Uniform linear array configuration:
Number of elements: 32
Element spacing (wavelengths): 0.25
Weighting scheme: blackman
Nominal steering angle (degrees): -45
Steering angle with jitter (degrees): -43.023
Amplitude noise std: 0.05
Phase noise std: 0.05

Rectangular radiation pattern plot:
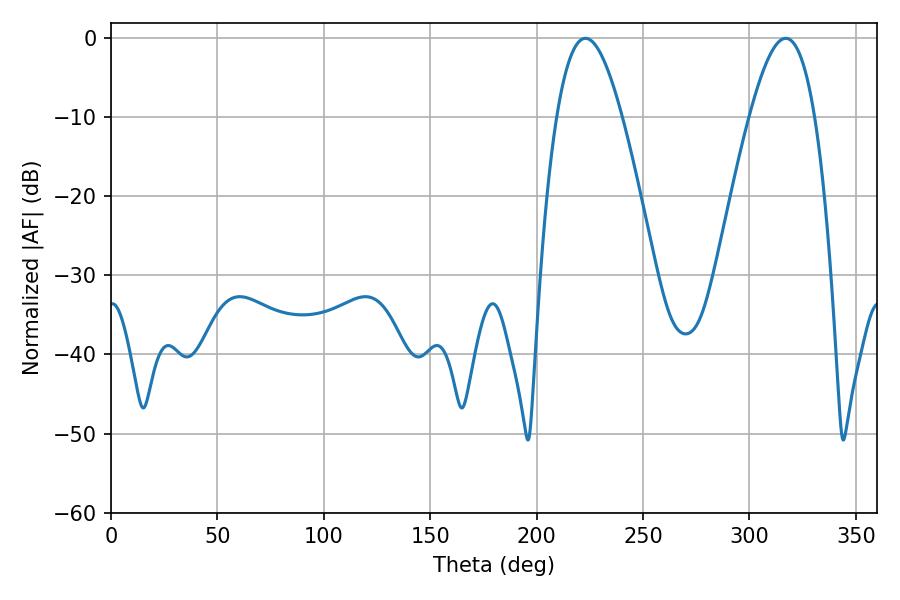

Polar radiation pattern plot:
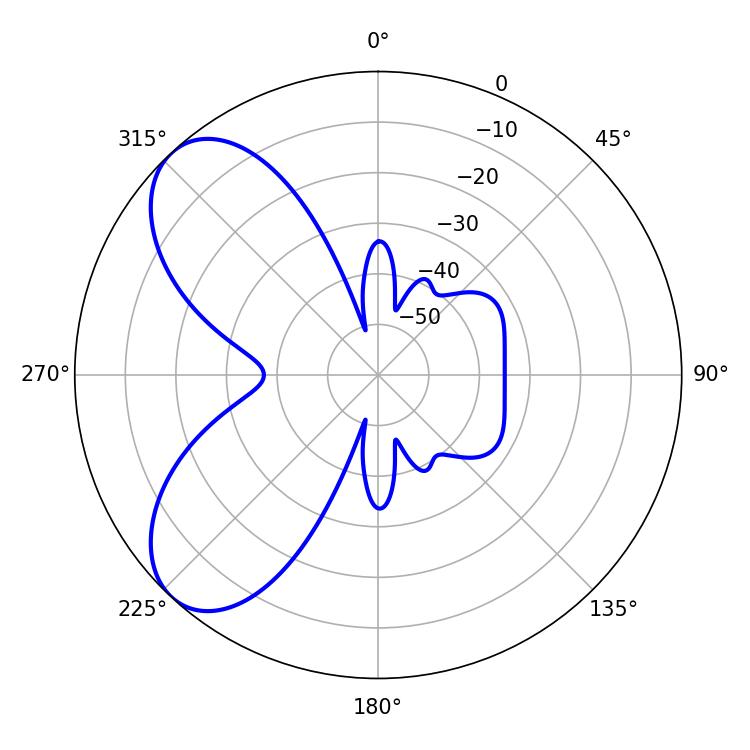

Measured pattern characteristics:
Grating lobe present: FALSE
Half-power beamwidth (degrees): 16.74
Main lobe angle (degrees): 223.02